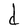
Character: d